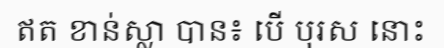
ឥត ខាន់ស្លា បាន៖ បើ បុរស នោះ